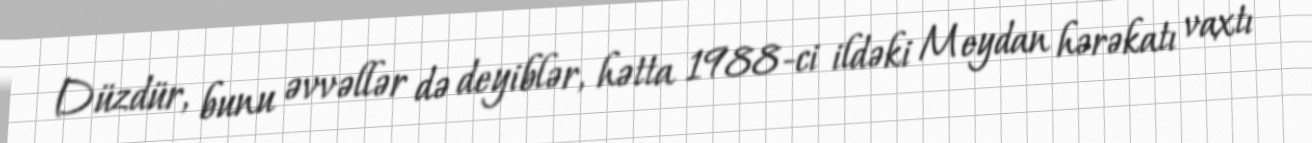
Düzdür, bunu əvvəllər də deyiblər, hətta 1988-ci ildəki Meydan hərəkatı vaxtı